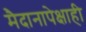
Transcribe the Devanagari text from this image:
मैदानापेक्षाही